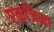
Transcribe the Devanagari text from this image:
एकजिमा